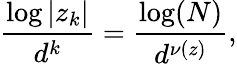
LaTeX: {\frac{\log|z_{k}|}{d^{k}}}={\frac{\log(N)}{d^{\nu(z)}}},